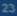
23